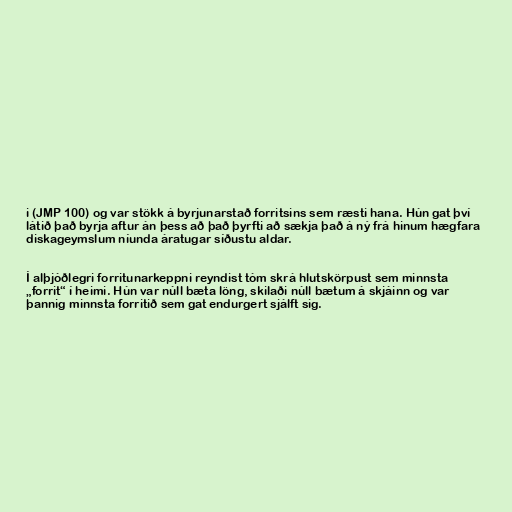
i (JMP 100) og var stökk á byrjunarstað forritsins sem ræsti hana. Hún gat því
látið það byrja aftur án þess að það þyrfti að sækja það á ný frá hinum hægfara
diskageymslum níunda áratugar síðustu aldar.

Í alþjóðlegri forritunarkeppni reyndist tóm skrá hlutskörpust sem minnsta
„forrit“ í heimi. Hún var núll bæta löng, skilaði núll bætum á skjáinn og var
þannig minnsta forritið sem gat endurgert sjálft sig.